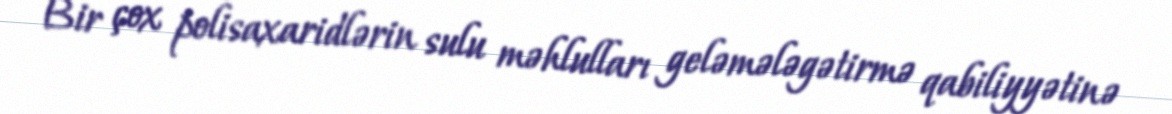
Bir çox polisaxaridlərin sulu məhlulları geləmələgətirmə qabiliyyətinə